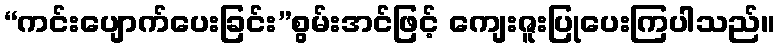
“ကင်းပျောက်ပေးခြင်း”စွမ်းအင်ဖြင့် ကျေးဇူးပြုပေးကြပါသည်။